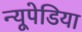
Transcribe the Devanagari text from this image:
न्यूपेडिया